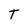
Character: T